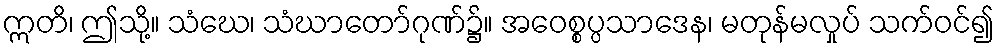
ဣတိ၊ ဤသို့။ သံဃေ၊ သံဃာတော်ဂုဏ်၌။ အဝေစ္စပ္ပသာဒေန၊ မတုန်မလှုပ် သက်ဝင်၍